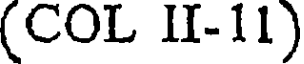
(COL II-11)